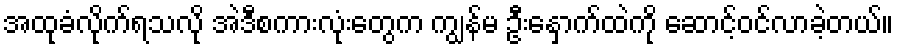
အထုခံလိုက်ရသလို အဲဒီစကားလုံးတွေက ကျွန်မ ဦးနှောက်ထဲကို ဆောင့်ဝင်လာခဲ့တယ်။